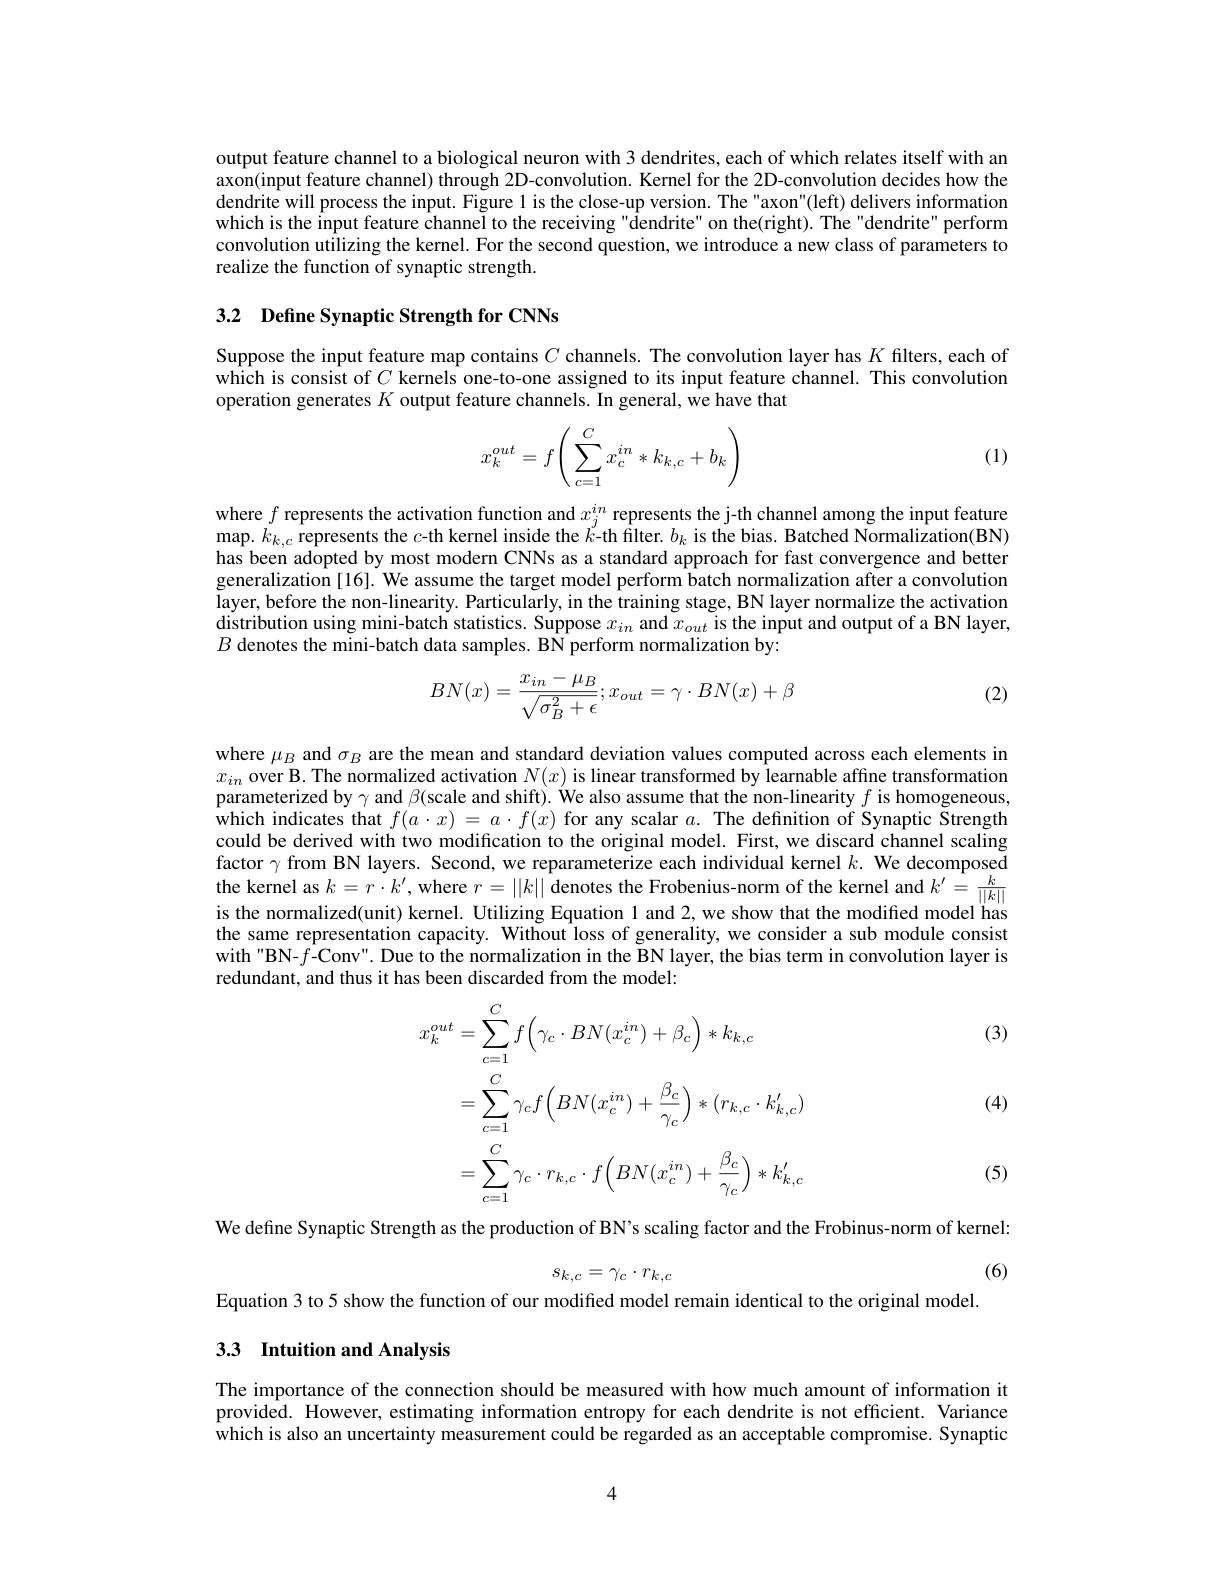
output feature channel to a biological neuron with 3 dendrites, each of which relates itself with an axon(input feature channel) through 2D-convolution. Kernel for the 2D-convolution decides how the dendrite will process the input. Figure 1 is the close-up version. The "axon"(left) delivers information which is the input feature channel to the receiving "$\hat{\text{dendrite"on the(right).The"dendrite"perform}}$ convolution utilizing the kernel. For the second question, we introduce a new class of parameters to realize the function of synaptic strength.

## 3.2 Define Synaptic Strength for CNNs

Suppose the input feature map contains $C$ channels. The convolution layer has $K$ filters, each of which is consist of $C$ kernels one-to-one assigned to its input feature channel. This convolution operation generates $K$ output feature channels. In general, we have that
$$x_k^{out}=f\Bigg(\sum_{c=1}^Cx_c^{in}*k_{k,c}+b_k\Bigg)$$
(1)

where $f$ represents the activation function and $x_j^{in}$ represents the j-th channel among the input feature map. $k_{k,c}$ represents the $c$-th kernel inside the $k$-th filter. $b_k$ is the bias. Batched Normalization(BN) has been adopted by most modern CNNs as a standard approach for fast convergence and better generalization [16]. We assume the target model perform batch normalization after a convolution layer, before the non-linearity. Particularly, in the training stage, BN layer normalize the activation distribution using mini-batch statistics. Suppose $x_in$ and $x_{out}$ is the input and output of a BN layer, $B$ denotes the mini-batch data samples. BN perform normalization by
$$BN(x)=\frac{x_{in}-\mu_B}{\sqrt{\sigma_B^2+\epsilon}};x_{out}=\gamma\cdot BN(x)+\beta $$
(2)

where $\mu_B$ and $\sigma_B$ are the mean and standard deviation values computed across each elements in $x_{in}$ over B. The normalized activation $N(x)$ is linear transformed by learnable affine transformation parameterized by $\gamma$ and $\beta($scale and shift). We also assume that the non-linearity $f$ is homogeneous which indicates that $f(a\cdot x)=a\cdot f(x)$ for any scalar $a.$ The definition of Synaptic Strength could be derived with two modification to the original model. First, we discard channel scaling factor $\gamma$ from BN layers. Second, we reparameterize each individual kernel $k.$ We decomposed the kernel as $k=r\cdot k^\prime$, where $r=||k||$ denotes the Frobenius-norm of the kernel and $k^\prime=\frac k{||k||}$ is the normalized(unit) kernel. Utilizing Equation 1 and 2,we show that the modified model has the same representation capacity. Without loss of generality, we consider a sub module consist with "BN-$\hat{f}$-Conv". Due to the normalization in the BN layer, the bias term in convolution layer is redundant, and thus it has been discarded from the model:

(3)
$$\begin{aligned}x_{k}^{out}&=\sum_{c=1}^{C}f\left(\gamma_{c}\cdot BN(x_{c}^{in})+\beta_{c}\right)*k_{k,c}\\&=\sum_{c=1}^{C}\gamma_{c}f\left(BN(x_{c}^{in})+\frac{\beta_{c}}{\gamma_{c}}\right)*(r_{k,c}\cdot k_{k,c}^{\prime})\\&=\sum_{c=1}^{C}\gamma_{c}\cdot r_{k,c}\cdot f\left(BN(x_{c}^{in})+\frac{\beta_{c}}{\gamma_{c}}\right)*k_{k,c}^{\prime}\end{aligned}$$
(4)

(5)

We define Synaptic Strength as the production of BN's scaling factor and the Frobinus-norm of kernel:
(6)
$$s_{k,c}=\gamma_{c}\cdot r_{k,c}$$
Equation 3 to 5 show the function of our modified model remain identical to the original model

## 3.3 Intuition and Analysis

The importance of the connection should be measured with how much amount of information it provided. However, estimating information entropy for each dendrite is not efficient. Variance which is also an uncertainty measurement could be regarded as an acceptable compromise. Synaptic

4